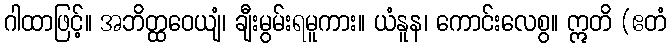
ဂါထာဖြင့်။ အဘိတ္ထဝေယျံ၊ ချီးမွမ်းရမူကား။ ယံနူန၊ ကောင်းလေစွ။ ဣတိ (ဧတံ